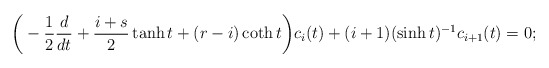
\begin{align*}\bigg(-\frac{1}{2}\frac{d}{dt}+\frac{i+s}{2}\tanh t +(r-i) \coth t\bigg)c_i(t)+(i+1)(\sinh t)^{-1}c_{i+1}(t)=0;\end{align*}